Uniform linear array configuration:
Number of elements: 12
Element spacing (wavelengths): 0.75
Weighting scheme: cosine
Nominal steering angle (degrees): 0
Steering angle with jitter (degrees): -1.948
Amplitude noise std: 0.05
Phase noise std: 0.05

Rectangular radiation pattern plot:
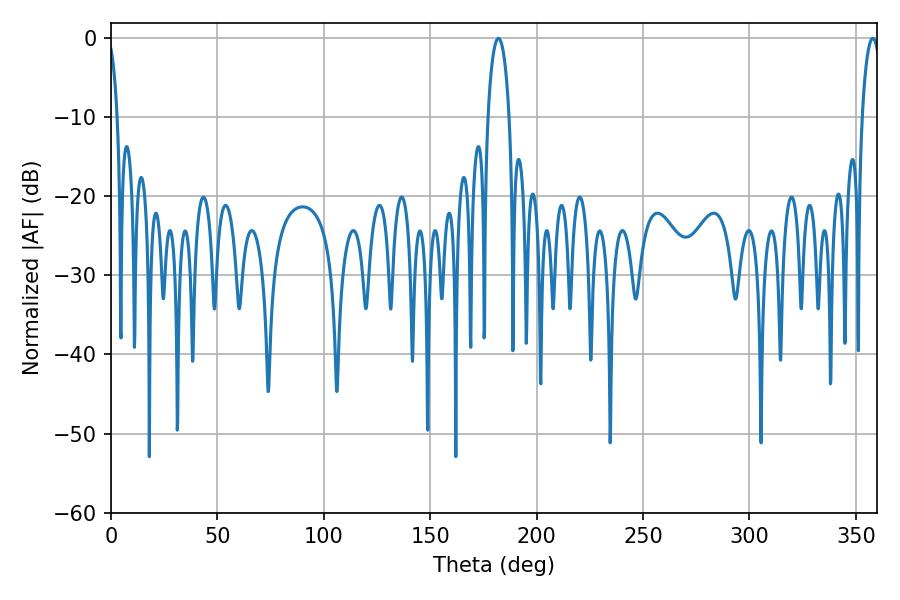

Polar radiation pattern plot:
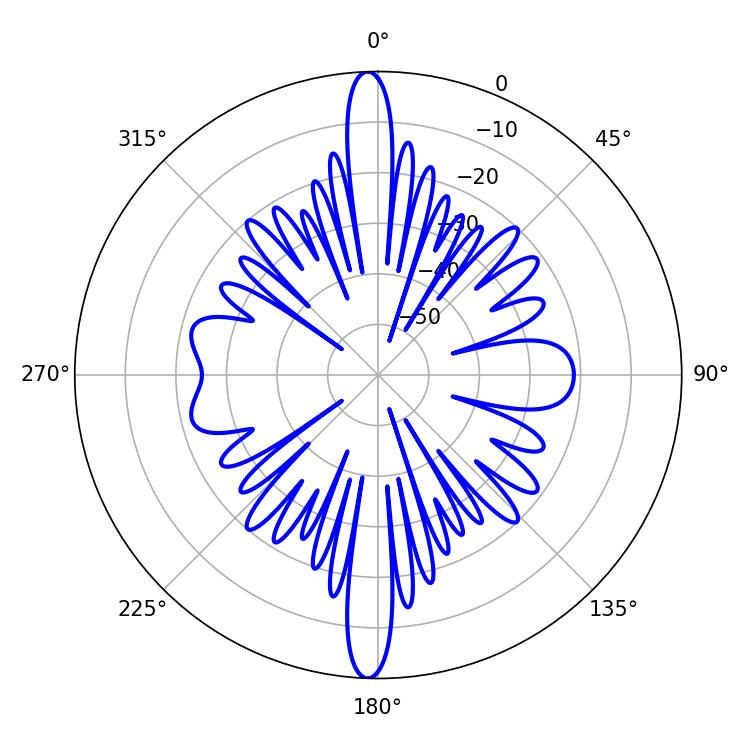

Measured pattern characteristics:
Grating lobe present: TRUE
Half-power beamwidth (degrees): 5.58
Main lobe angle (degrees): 181.98